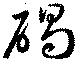
碣